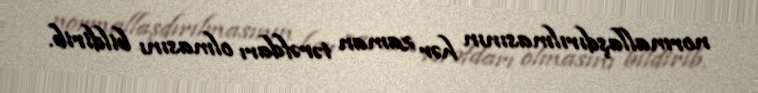
normallaşdırılmasının hər zaman tərəfdarı olmasını bildirib.